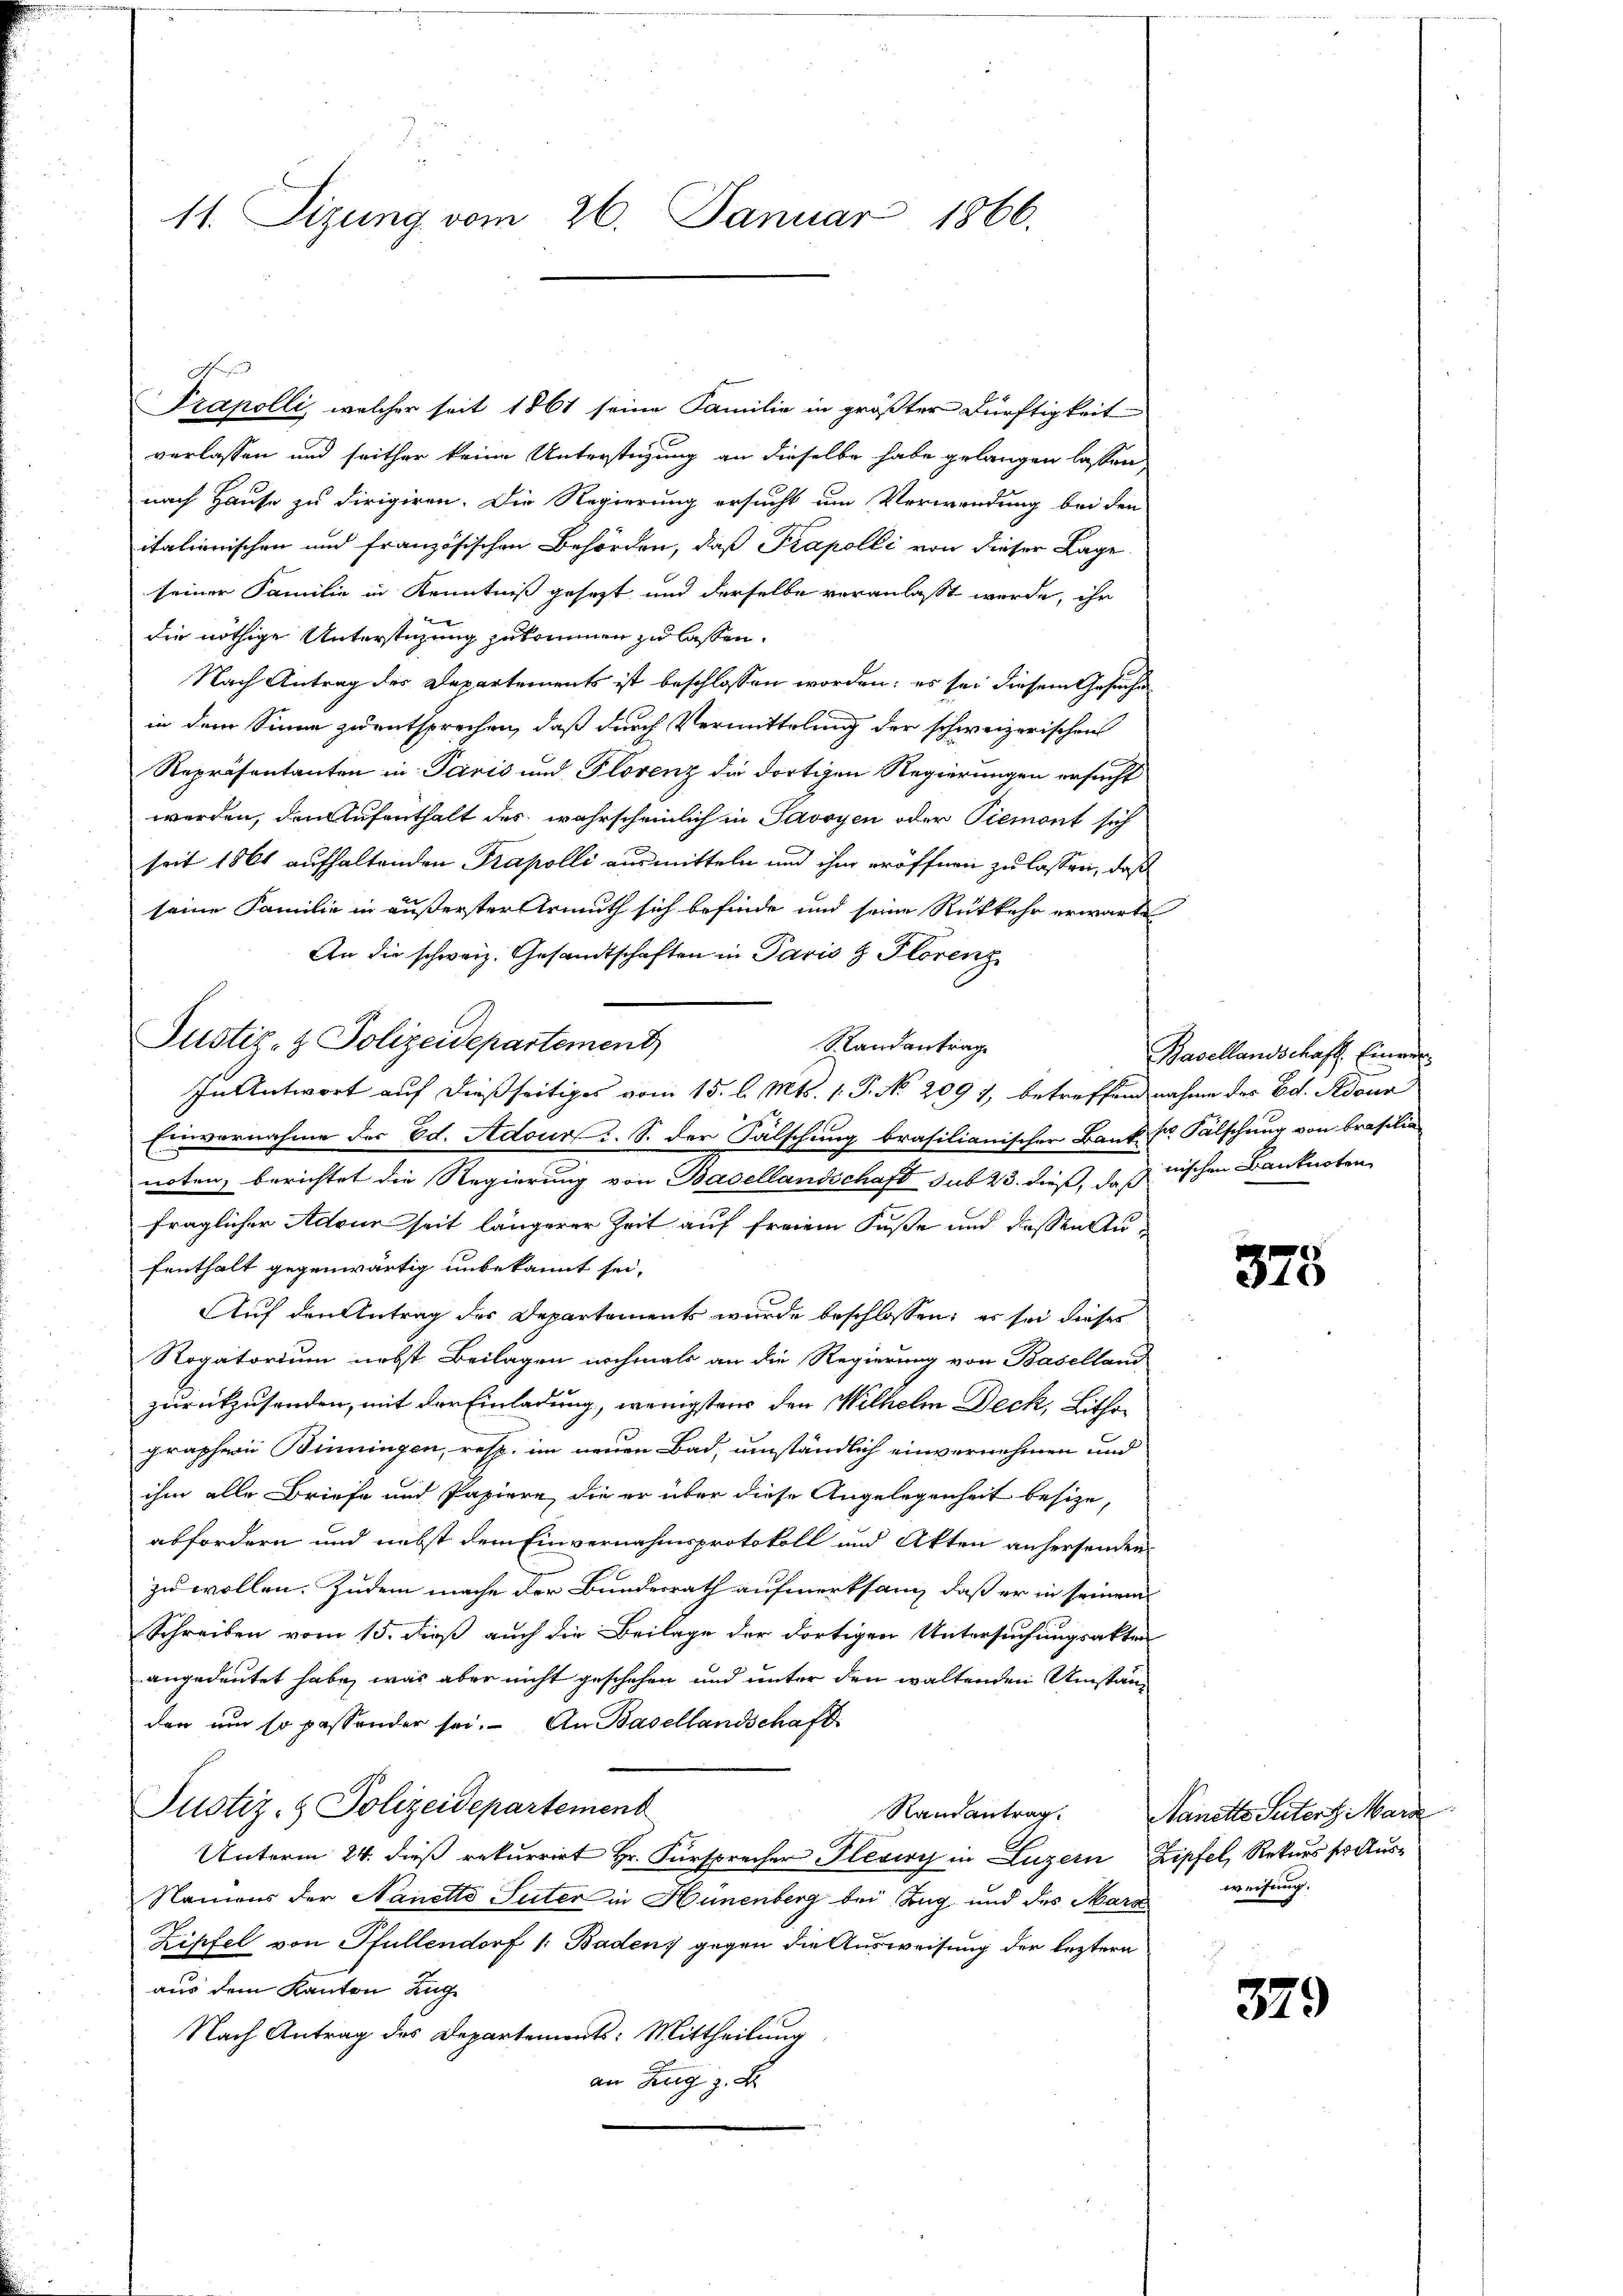
11. Sizung vom 26. Januar 1866.

E

Justiz- & Polizeidepartement
Randantrag
In Antwort auf dießseitiges vom 15. l. Mts. 1. P. No. 209 7, betreffend nahme des Ed. Adour

Prapolli, welcher seit 1861 seine Familie in größter Dürftigkeit
verlassen und seither keine Unterstüzung an dieselbe habe gelangen lassen,
nach Hause zu dirigiren. Die Regierung ersucht um Verwendung bei den
italienischen und französischen Behörden, daß Kapelli von dieser Lage
seiner Familie in Kenntniß gesezt und derselbe veranlasst werde, ihr
die nöthige Unterstüzung zukommen zu lassen.
Nach Antrag des Departements ist beschlossen worden: es sei diesem Gesuche
in dem Sinne zu entsprechen, daß durch Vermittelung der schweizerischen
Repräsentanten in Paris und Plövenz die dortigen Regierungen ersucht
werden, den Aufenthalt des wahrscheinlich in Savoyen oder Piemont sich
seit 1861 aufhaltenden Prapolli ausmitteln und ihm eröffnen zu lassen, daß
seine Familie in äußerster Armuth sich befinde und seine Rückkehr erwarte
An die schweiz. Gesandtschaften in Paris & Florenz
Einvernahme der Ed. Adour u. S. der Fälschung brasilianischer Bank: Dr. Fälschung von Brasilia
noten, berichtet die Regierung von Basellandschaft sub 23. dieß, daß nischen Banknoten
fraglicher Adtour seit längerer Zeit auf freiem Fuße und dessen Aufenthalt gegenwärtig unbekannt sei,
Auf den Antrag der Departements wurde beschlossen; es sei dieses
Rogatorium nebst Beilagen nochmals an die Regierung von Baselland
zurückzusenden, mit der Einladung, wenigstens den Wilhelm Deck, Lithographern Binningen, resp. im neuen Bad, umständlich einvernehmen und
ihm alle Briefe und Papiere, die er über diese Angelegenheit besize,
abfordern und nebst dem Einvernahmsprotokoll und Akten anhersenden
zu wollen. Zudem mache der Bundesrath aufmerksam, daß er in seinem
Schreiben vom 15. dieß auch die Beilage der dortigen Untersuchungsakten
angedeutet habe, was aber nicht geschehen und unter den waltenden Umständen um so passender sei. An Basellandschaft
Justiz- & Polizeidepartement
Randantrag. Nanette Seitert Marz
Unterm 24. dieß rekurrirt Hr. Fürsprecher Pleviry in Luzern Zipfel, Rekurs ser Aus¬
Namens der Nanetto Suter in Hünenberg bei Zug und des Mars
Kipfel von Pfullendorf 1. Baden, gegen die Ausweisung der leztern
aus dem Kanton Lug
Nach Antrag des Departemonts: Mittheilung
aer Zug z. B.

Basellandschaft. Einre

378

weisung.

379